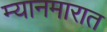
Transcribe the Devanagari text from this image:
म्यानमारात